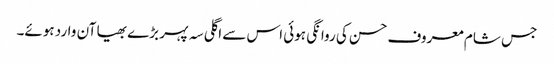
جس شام معروف حسن کی روانگی ہوئی اس سے اگلی سہ پہر بڑے بھیا آن وارد ہوئے۔